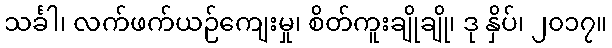
သင်္ခါ၊ လက်ဖက်ယဉ်ကျေးမှု၊ စိတ်ကူးချိုချို၊ ဒု နှိပ်၊ ၂၀၁၇။